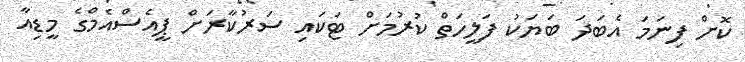
ކޮށް ފިނަމަ އެބަދަ ބަޔަކު ފަލީހަތް ކުރުމަށް ޓަކައި ސަރުކާރަށް ޕީއެސްއެމްގެ މީޑިއާ